Vaccination in Bombay 1874-1876 - 1874-1876
Year: 1874
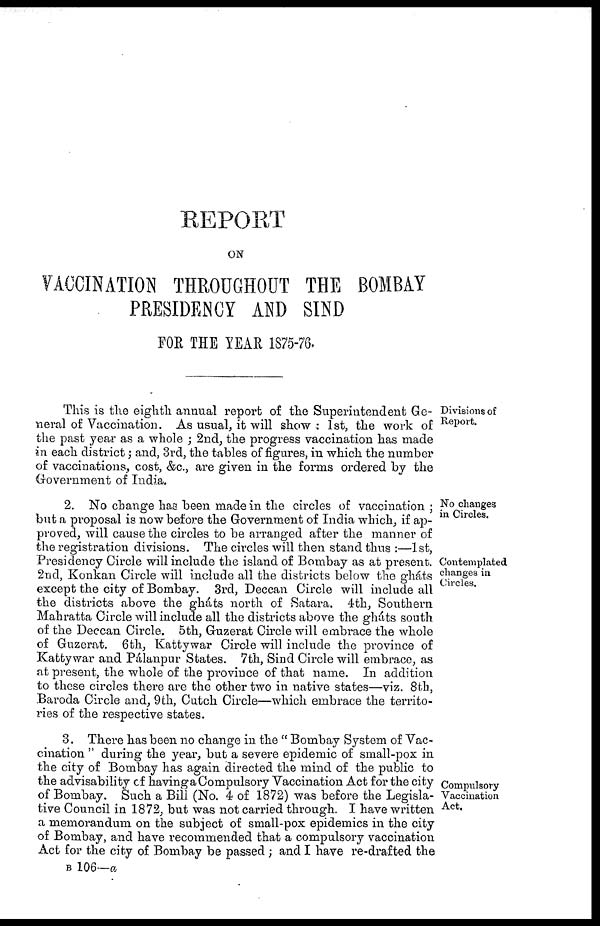
REPORT
ON
VACCINATION THROUGHOUT THE BOMBAY
PRESIDENCY AND SIND
FOR THE YEAR 1875-76.
Divisions of
Report.
This is the eighth annual report of the Superintendent Ge-
neral of Vaccination. As usual, it will show : 1st, the work of
the past year as a whole ; 2nd, the progress vaccination has made
in each district; and, 3rd, the tables of figures, in which the number
of vaccinations, cost, &c., are given in the forms ordered by the
Government of India.
No changes
in Circles.
Contemplated
changes in
Circles.
2. No change has been made in the circles of vaccination;
but a proposal is now before the Government of India which, if ap-
proved, will cause the circles to be arranged after the manner of
the registration divisions. The circles will then stand thus :—1st,
Presidency Circle will include the island of Bombay as at present.
2nd, Konkan Circle will include all the districts below the gháts
except the city of Bombay. 3rd, Deccan Circle will include all
the districts above the gháts north of Satara. 4th, Southern
Mahratta Circle will include all the districts above the gháts south
of the Deccan Circle. 5th, Guzerat Circle will embrace the whole
of Guzerat. 6th, Kattywar Circle will include the province of
Kattywar and Pálanpur States. 7th, Sind Circle will embrace, as
at present, the whole of the province of that name. In addition
to these circles there are the other two in native states—viz. 8th,
Baroda Circle and, 9th, Cutch Circle—which embrace the territo-
ries of the respective states.
Compulsory
Vaccination
Act.
3. There has been no change in the " Bombay System of Vac-
cination " during the year, but a severe epidemic of small-pox in
the city of Bombay has again directed the mind of the public to
the advisability of having a Compulsory Vaccination Act for the city
of Bombay. Such a Bill (No. 4 of 1872) was before the Legisla-
tive Council in 1872, but was not carried through. I have written
a memorandum on the subject of small-pox epidemics in the city
of Bombay, and have recommended that a compulsory vaccination
Act for the city of Bombay be passed; and I have re-drafted the
B 106—a